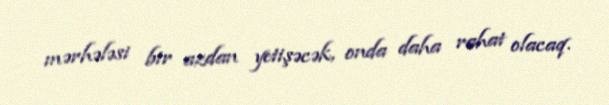
mərhələsi bir azdan yetişəcək, onda daha rahat olacaq.